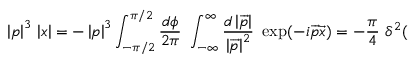
\left| p \right| ^ { 3 } \, \left| x \right| = - \left| p \right| ^ { 3 } \int _ { - \pi / 2 } ^ { \pi / 2 } \frac { d \phi } { 2 \pi } \, \, \int _ { - \infty } ^ { \infty } \frac { d \left| \overrightarrow { p } \right| } { \left| \overrightarrow { p } \right| ^ { 2 } } \, \, \exp ( - i \overrightarrow { p } \overrightarrow { x } ) = - \frac { \pi } { 4 } \, \, \delta ^ { 2 } (